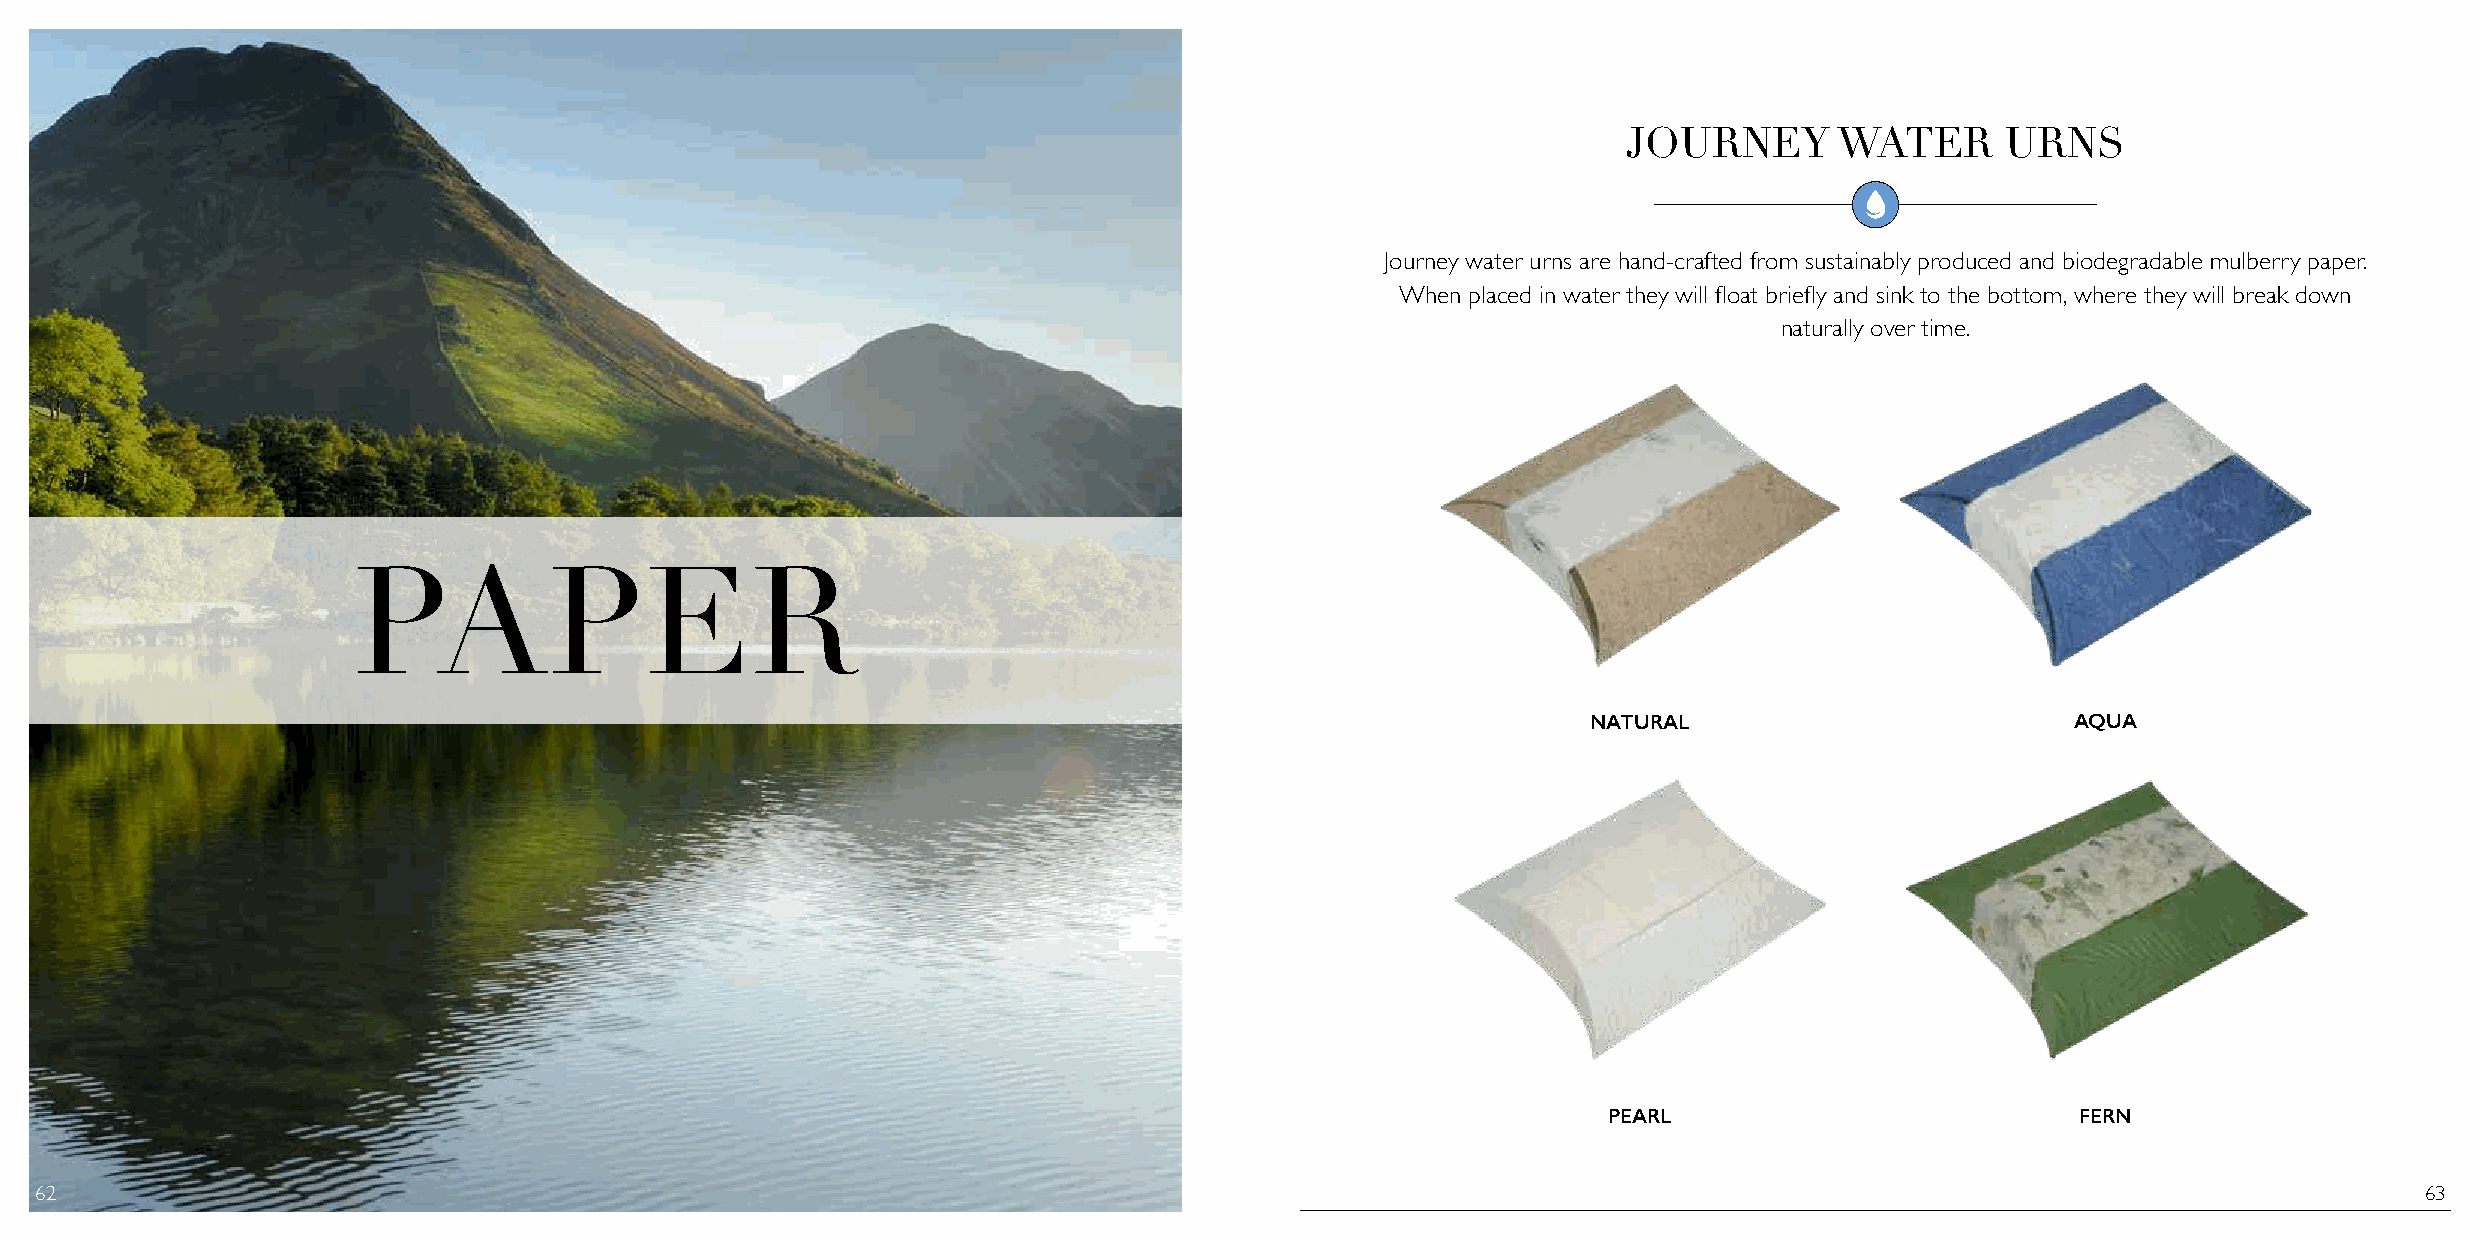
JOURNEY       WATER      URNS
 Journey water urns are hand-crafted from sustainably produced and biodegradable mulberry paper.
 When placed in water they will float briefly and sink to the bottom, where they will break down
 naturally over time.
 PAPER
 NATURAL                         AQUA
 PEARL                           FERN
 62                                                                                                                                                            63